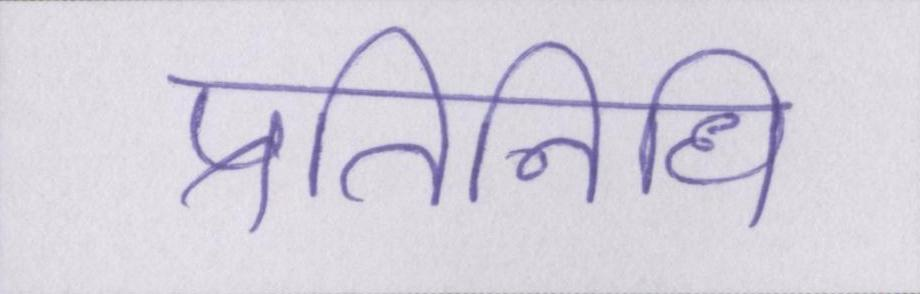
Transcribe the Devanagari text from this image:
प्रतिनिधि